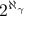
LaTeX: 2 ^ { \aleph _ { \gamma } }